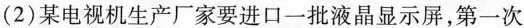
(2)某电视机生产厂家要进口一批液晶显示屏，第一次